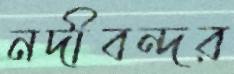
নদীবন্দর